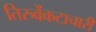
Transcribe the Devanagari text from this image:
तिरुवेंकटाचारी